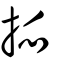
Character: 挀